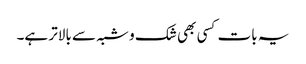
یہ بات کسی بھی شک و شبہ سے بالاتر ہے۔